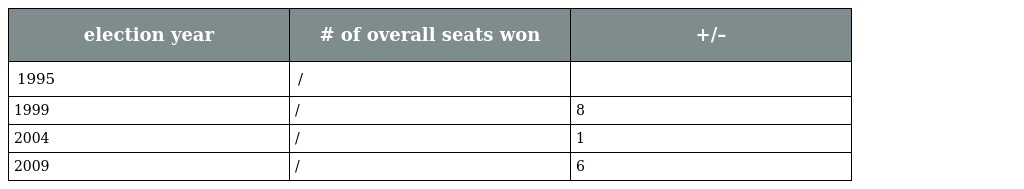
| election year | # of overall seats won | +/– |
 | --- | --- | --- |
 | 1995 | / |  |
 | 1999 | / | 8 |
 | 2004 | / | 1 |
 | 2009 | / | 6 |